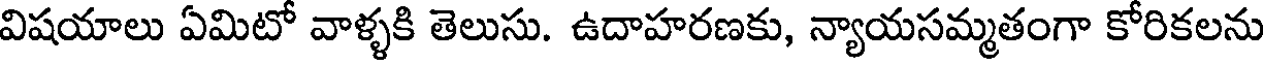
విషయాలు ఏమిటో వాళ్ళకి తెలుసు. ఉదాహరణకు, న్యాయసమ్మతంగా కోరికలను